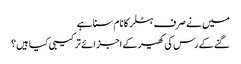
میں نے صرف ہٹلر کا نام سنا ہے
گنے کے رس کی کھیر کے اجزائے ترکیبی کیا ہیں؟